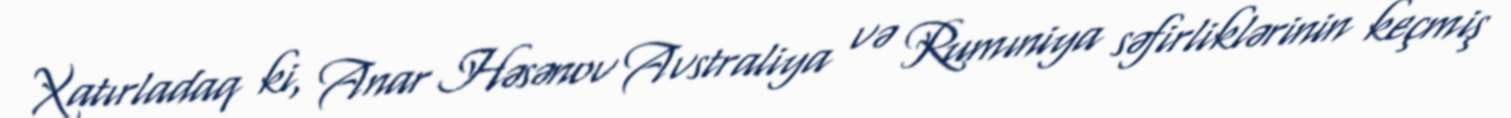
Xatırladaq ki, Anar Həsənov Avstraliya və Rumıniya səfirliklərinin keçmiş